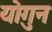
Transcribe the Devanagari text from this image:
योगुन